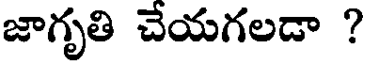
జాగృతి చేయగలడా ?